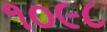
૧૦૯૮